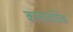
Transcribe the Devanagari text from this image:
कालावधिक